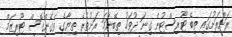
ރަށްރަށުގައި ތިބޭ ޓޫރިސްޓުން ގިނަ ދުވަހު ތިބޭނަމަ ރަށުތެރެ ތިޔާގެ ވެގެންގޮސް ޓޫރިޒަމް